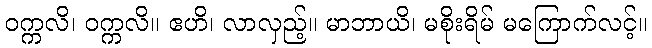
ဝက္ကလိ၊ ဝက္ကလိ။ ဧဟိ၊ လာလှည့်။ မာဘာယိ၊ မစိုးရိမ် မကြောက်လင့်။